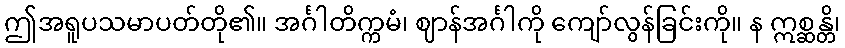
ဤအရူပသမာပတ်တို၏။ အင်္ဂါတိက္ကမံ၊ ဈာန်အင်္ဂါကို ကျော်လွန်ခြင်းကို။ န ဣစ္ဆန္တိ၊